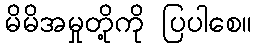
မိမိအမှုတို့ကို ပြပါစေ။